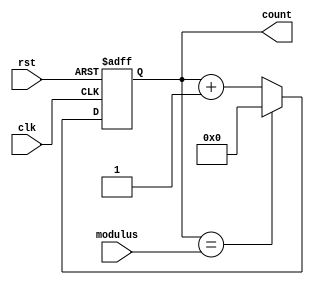
module modulus_counter (
  input clk,
  input rst,
  input [7:0] modulus,
  output reg [7:0] count
);

always @(posedge clk or posedge rst) begin
  if (rst) begin
    count <= 8'b0;
  end else begin
    if (count == modulus) begin
      count <= 8'b0;
    end else begin
      count <= count + 1;
    end
  end
end

endmodule